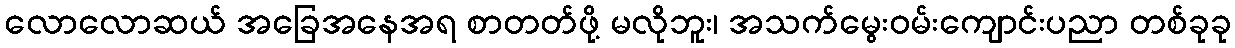
လောလောဆယ် အခြေအနေအရ စာတတ်ဖို့ မလိုဘူး၊ အသက်မွေးဝမ်းကျောင်းပညာ တစ်ခုခု